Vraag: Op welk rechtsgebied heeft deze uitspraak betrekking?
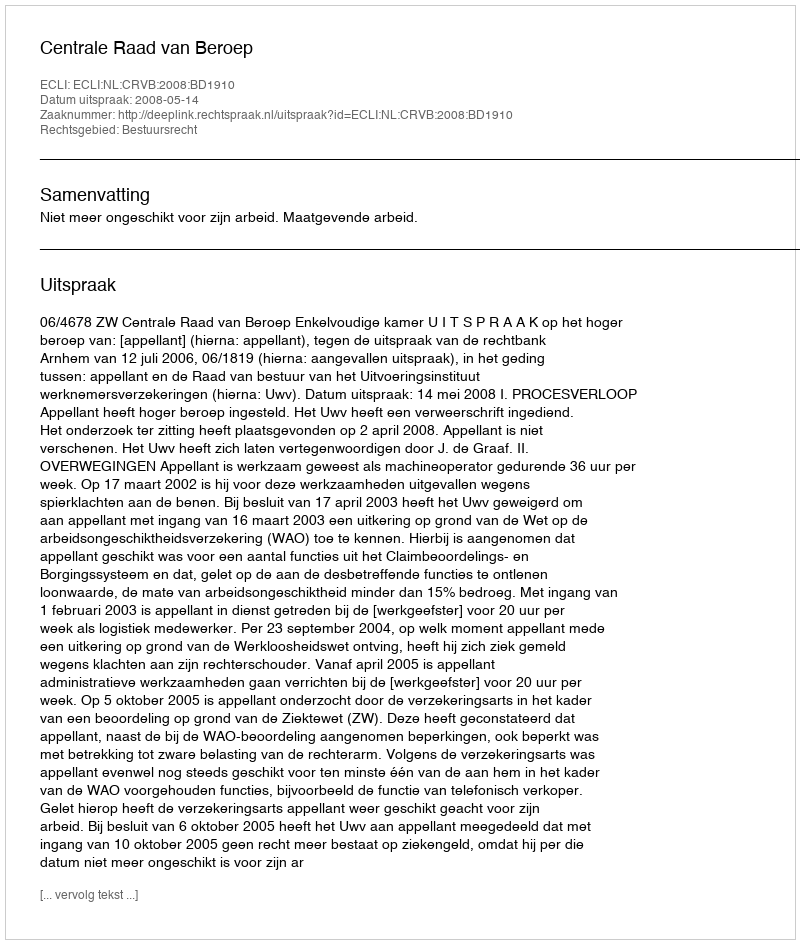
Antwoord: Bestuursrecht